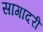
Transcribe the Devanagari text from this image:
सागादरी